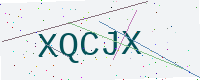
Text: XQCJX